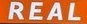
REAL